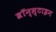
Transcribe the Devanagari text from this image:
ब्रॉन्स्टाइन